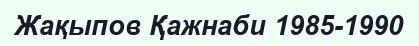
Жақыпов Қажнаби 1985-1990